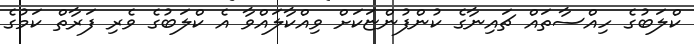
ކްލަބުގެ ހިއްސާތައް ޗައިނާގެ ކުންފުންޏަކަށް ވިއްކާލައްވާ އެ ކްލަބުގެ ވެރި ފަރާތް ކަމުގެ